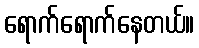
ရောက်ရောက်နေတယ်။